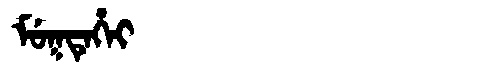
Manchu: ᠮᡠᡴᡨᡝᡥᡝᡳ
Romanization: MUKTEHEI